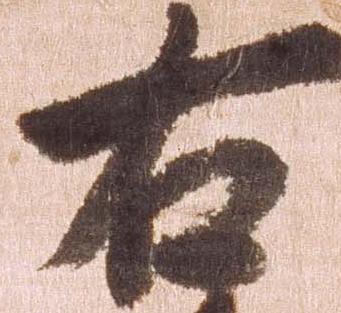
右